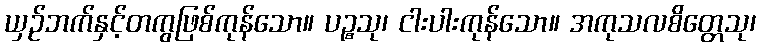
ယှဉ်ဘက်နှင့်တကွဖြစ်ကုန်သော။ ပဉ္စသု၊ ငါးပါးကုန်သော။ အကုသလစိတ္တေသု၊